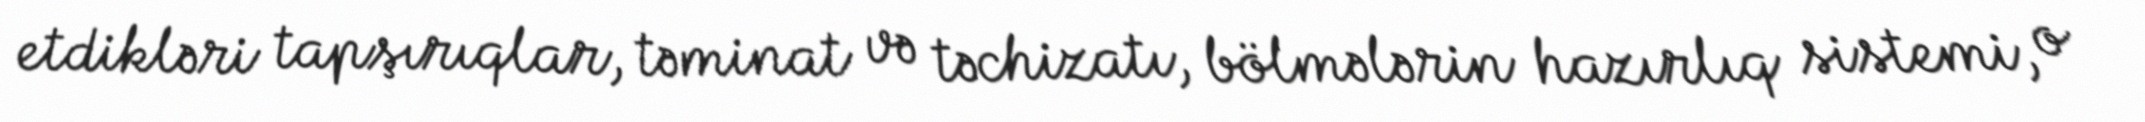
etdikləri tapşırıqlar, təminat və təchizatı, bölmələrin hazırlıq sistemi, o